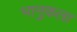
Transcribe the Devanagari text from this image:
भानुकला